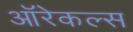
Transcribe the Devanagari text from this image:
ऑरेकल्स